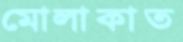
মোলাকাত